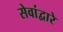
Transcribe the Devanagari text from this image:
सेवांद्वारे